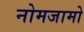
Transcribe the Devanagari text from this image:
नोमजामो